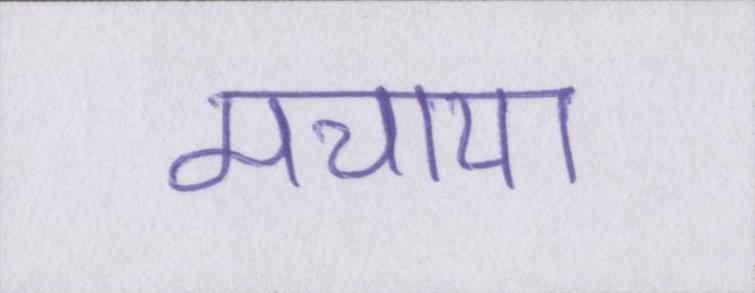
मचाया